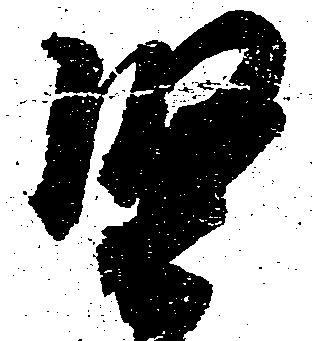
堅